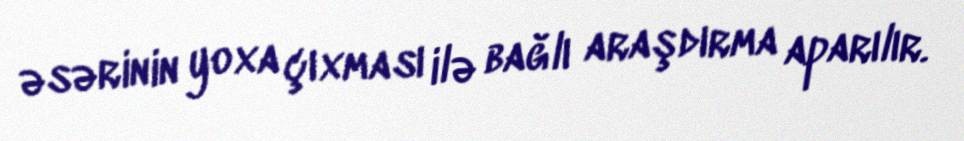
əsərinin yoxa çıxması ilə bağlı araşdırma aparılır.